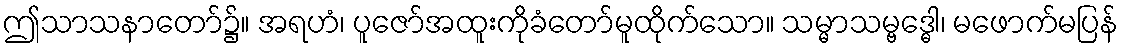
ဤသာသနာတော်၌။ အရဟံ၊ ပူဇော်အထူးကိုခံတော်မူထိုက်သော။ သမ္မာသမ္ဗဒ္ဓေါ၊ မဖောက်မပြန်